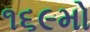
૧૬૯મો